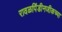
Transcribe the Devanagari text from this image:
रावळपिंडीनजीकच्या